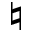
\natural